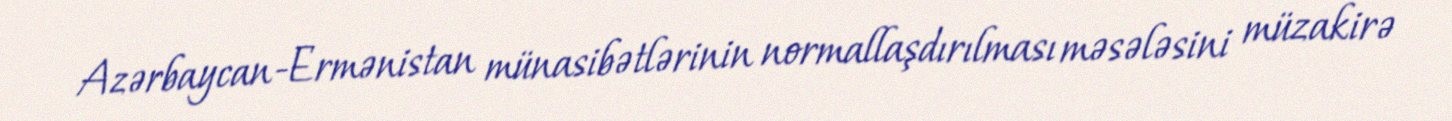
Azərbaycan-Ermənistan münasibətlərinin normallaşdırılması məsələsini müzakirə